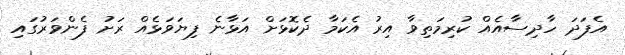
އެފަދަ ހާދިސާއެއް ކުރިމަތިވާ އިރު އެކަމާ ދެކޮޅަށް އަޅާނެ ފިޔަވަޅެއް ރަށު ފެންވަރުގައި